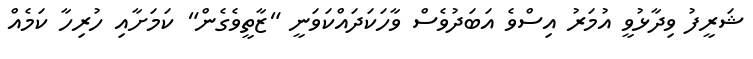
ޝަރީފު ވިދާޅުވީ އުމަރު އިސްވެ އަބަދުވެސް ވާހަކަދައްކަވަނީ "ޒާތީވެގެން" ކަމަށާއި ހުރިހާ ކަމެއް